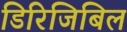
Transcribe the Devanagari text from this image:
डिरिजिबिल